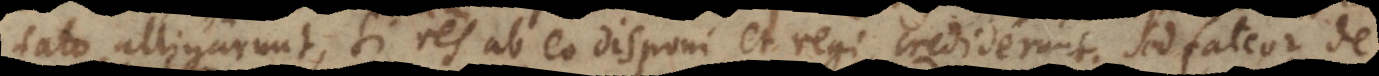
fato alligarunt, si res ab eo disponi et regi crediderunt. Sed fateor de